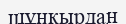
шұңқырдан